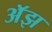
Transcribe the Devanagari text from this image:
अॅझ